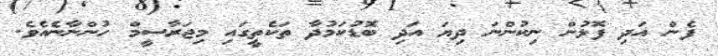
ފެން އަދި ފޮޅުން ނިކުންނަ ދިޔަ އަދި ބޮޑުކަމުދާ ތަކެތީގައި މިޖަރާސީމް ހުންނާނެއެވެ.